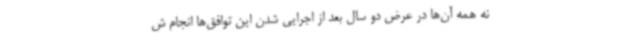
نه همه آن‌ها در عرض دو سال بعد از اجرایی شدن این توافق‌ها انجام ش